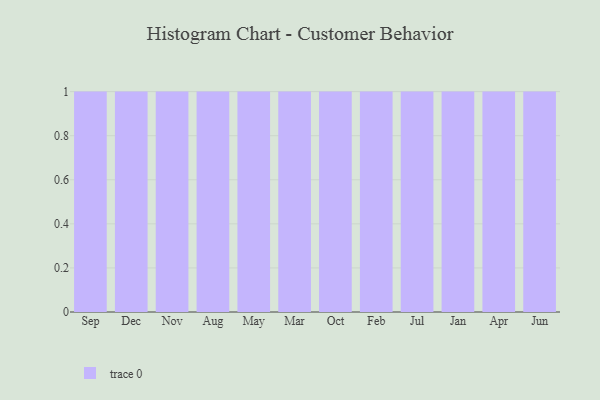
{"axis": {"x": "Month", "y": "Energy Usage (MWh)"}, "legend": [""], "data": [{"x": "Sep", "y": 19, "type": ""}, {"x": "Dec", "y": 28, "type": ""}, {"x": "Nov", "y": 55, "type": ""}, {"x": "Aug", "y": 15, "type": ""}, {"x": "May", "y": 51, "type": ""}, {"x": "Mar", "y": 7, "type": ""}, {"x": "Oct", "y": 9, "type": ""}, {"x": "Feb", "y": 62, "type": ""}, {"x": "Jul", "y": 24, "type": ""}, {"x": "Jan", "y": 87, "type": ""}, {"x": "Apr", "y": 70, "type": ""}, {"x": "Jun", "y": 2, "type": ""}]}